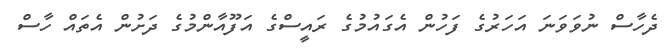
ދެހާސް ނުވަވަނަ އަހަރުގެ ފަހުން އެގައުމުގެ ރައީސްގެ އަފޫއާންމުގެ ދަށުން އެތައް ހާސް